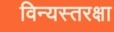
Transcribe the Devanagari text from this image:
विन्यस्तरक्षा